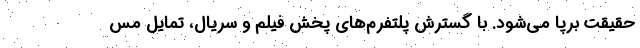
حقیقت برپا می‌شود. با گسترش پلتفرم‌های پخش فیلم و سریال، تمایل مس